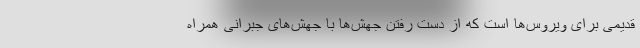
قدیمی برای ویروس‌ها است که از دست رفتن جهش‌ها با جهش‌های جبرانی همراه